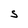
Character: S